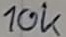
Text: 10k